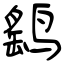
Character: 鹞